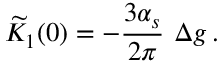
\widetilde { \cal K } _ { 1 } ( 0 ) = - { \frac { 3 \alpha _ { s } } { 2 \pi } } ~ \Delta g \, .